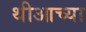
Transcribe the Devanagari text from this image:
थीआच्या